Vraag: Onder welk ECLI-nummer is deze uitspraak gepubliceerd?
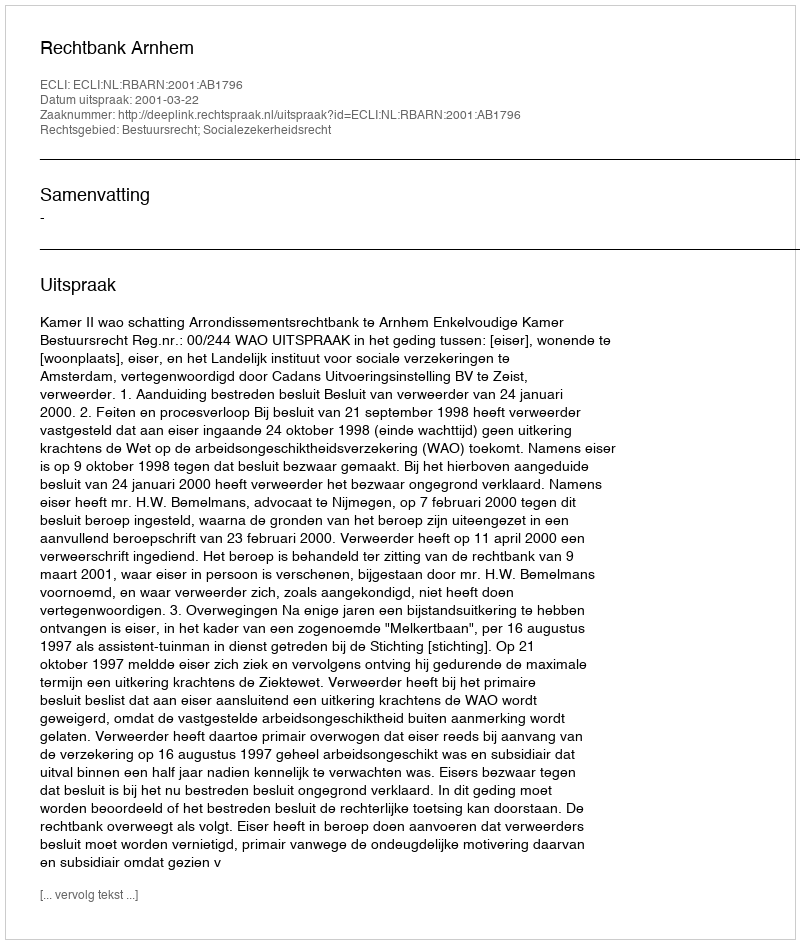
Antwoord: ECLI:NL:RBARN:2001:AB1796